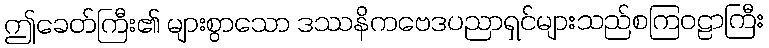
ဤခေတ်ကြီး၏ များစွာသော ဒဿနိကဗေဒပညာရှင်များသည်စကြဝဠာကြီး